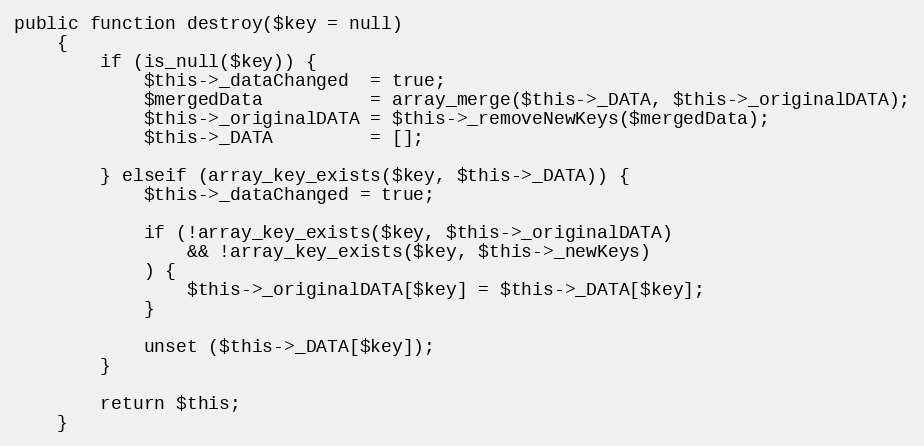
Language: PHP
public function destroy($key = null)
    {
        if (is_null($key)) {
            $this->_dataChanged  = true;
            $mergedData          = array_merge($this->_DATA, $this->_originalDATA);
            $this->_originalDATA = $this->_removeNewKeys($mergedData);
            $this->_DATA         = [];

        } elseif (array_key_exists($key, $this->_DATA)) {
            $this->_dataChanged = true;

            if (!array_key_exists($key, $this->_originalDATA)
                && !array_key_exists($key, $this->_newKeys)
            ) {
                $this->_originalDATA[$key] = $this->_DATA[$key];
            }

            unset ($this->_DATA[$key]);
        }

        return $this;
    }